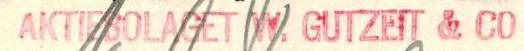
AKTIEBOLAGET W. GUTZEIT & CO